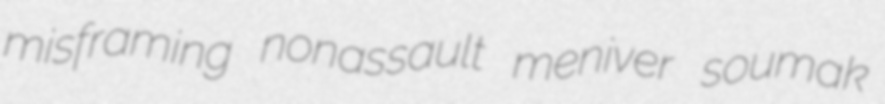
misframing nonassault meniver soumak